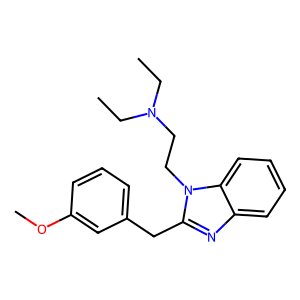
SMILES: CCN(CC)CCn1c(Cc2cccc(OC)c2)nc2ccccc21
Inhibits HIV replication: No